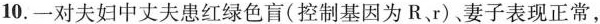
10.一对夫妇中丈夫患红绿色盲(控制基因为R.r)、妻子表现正常，